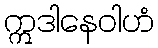
ဣဒါနေဝါဟံ